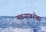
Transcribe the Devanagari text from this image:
नवऱ्याबरोबर